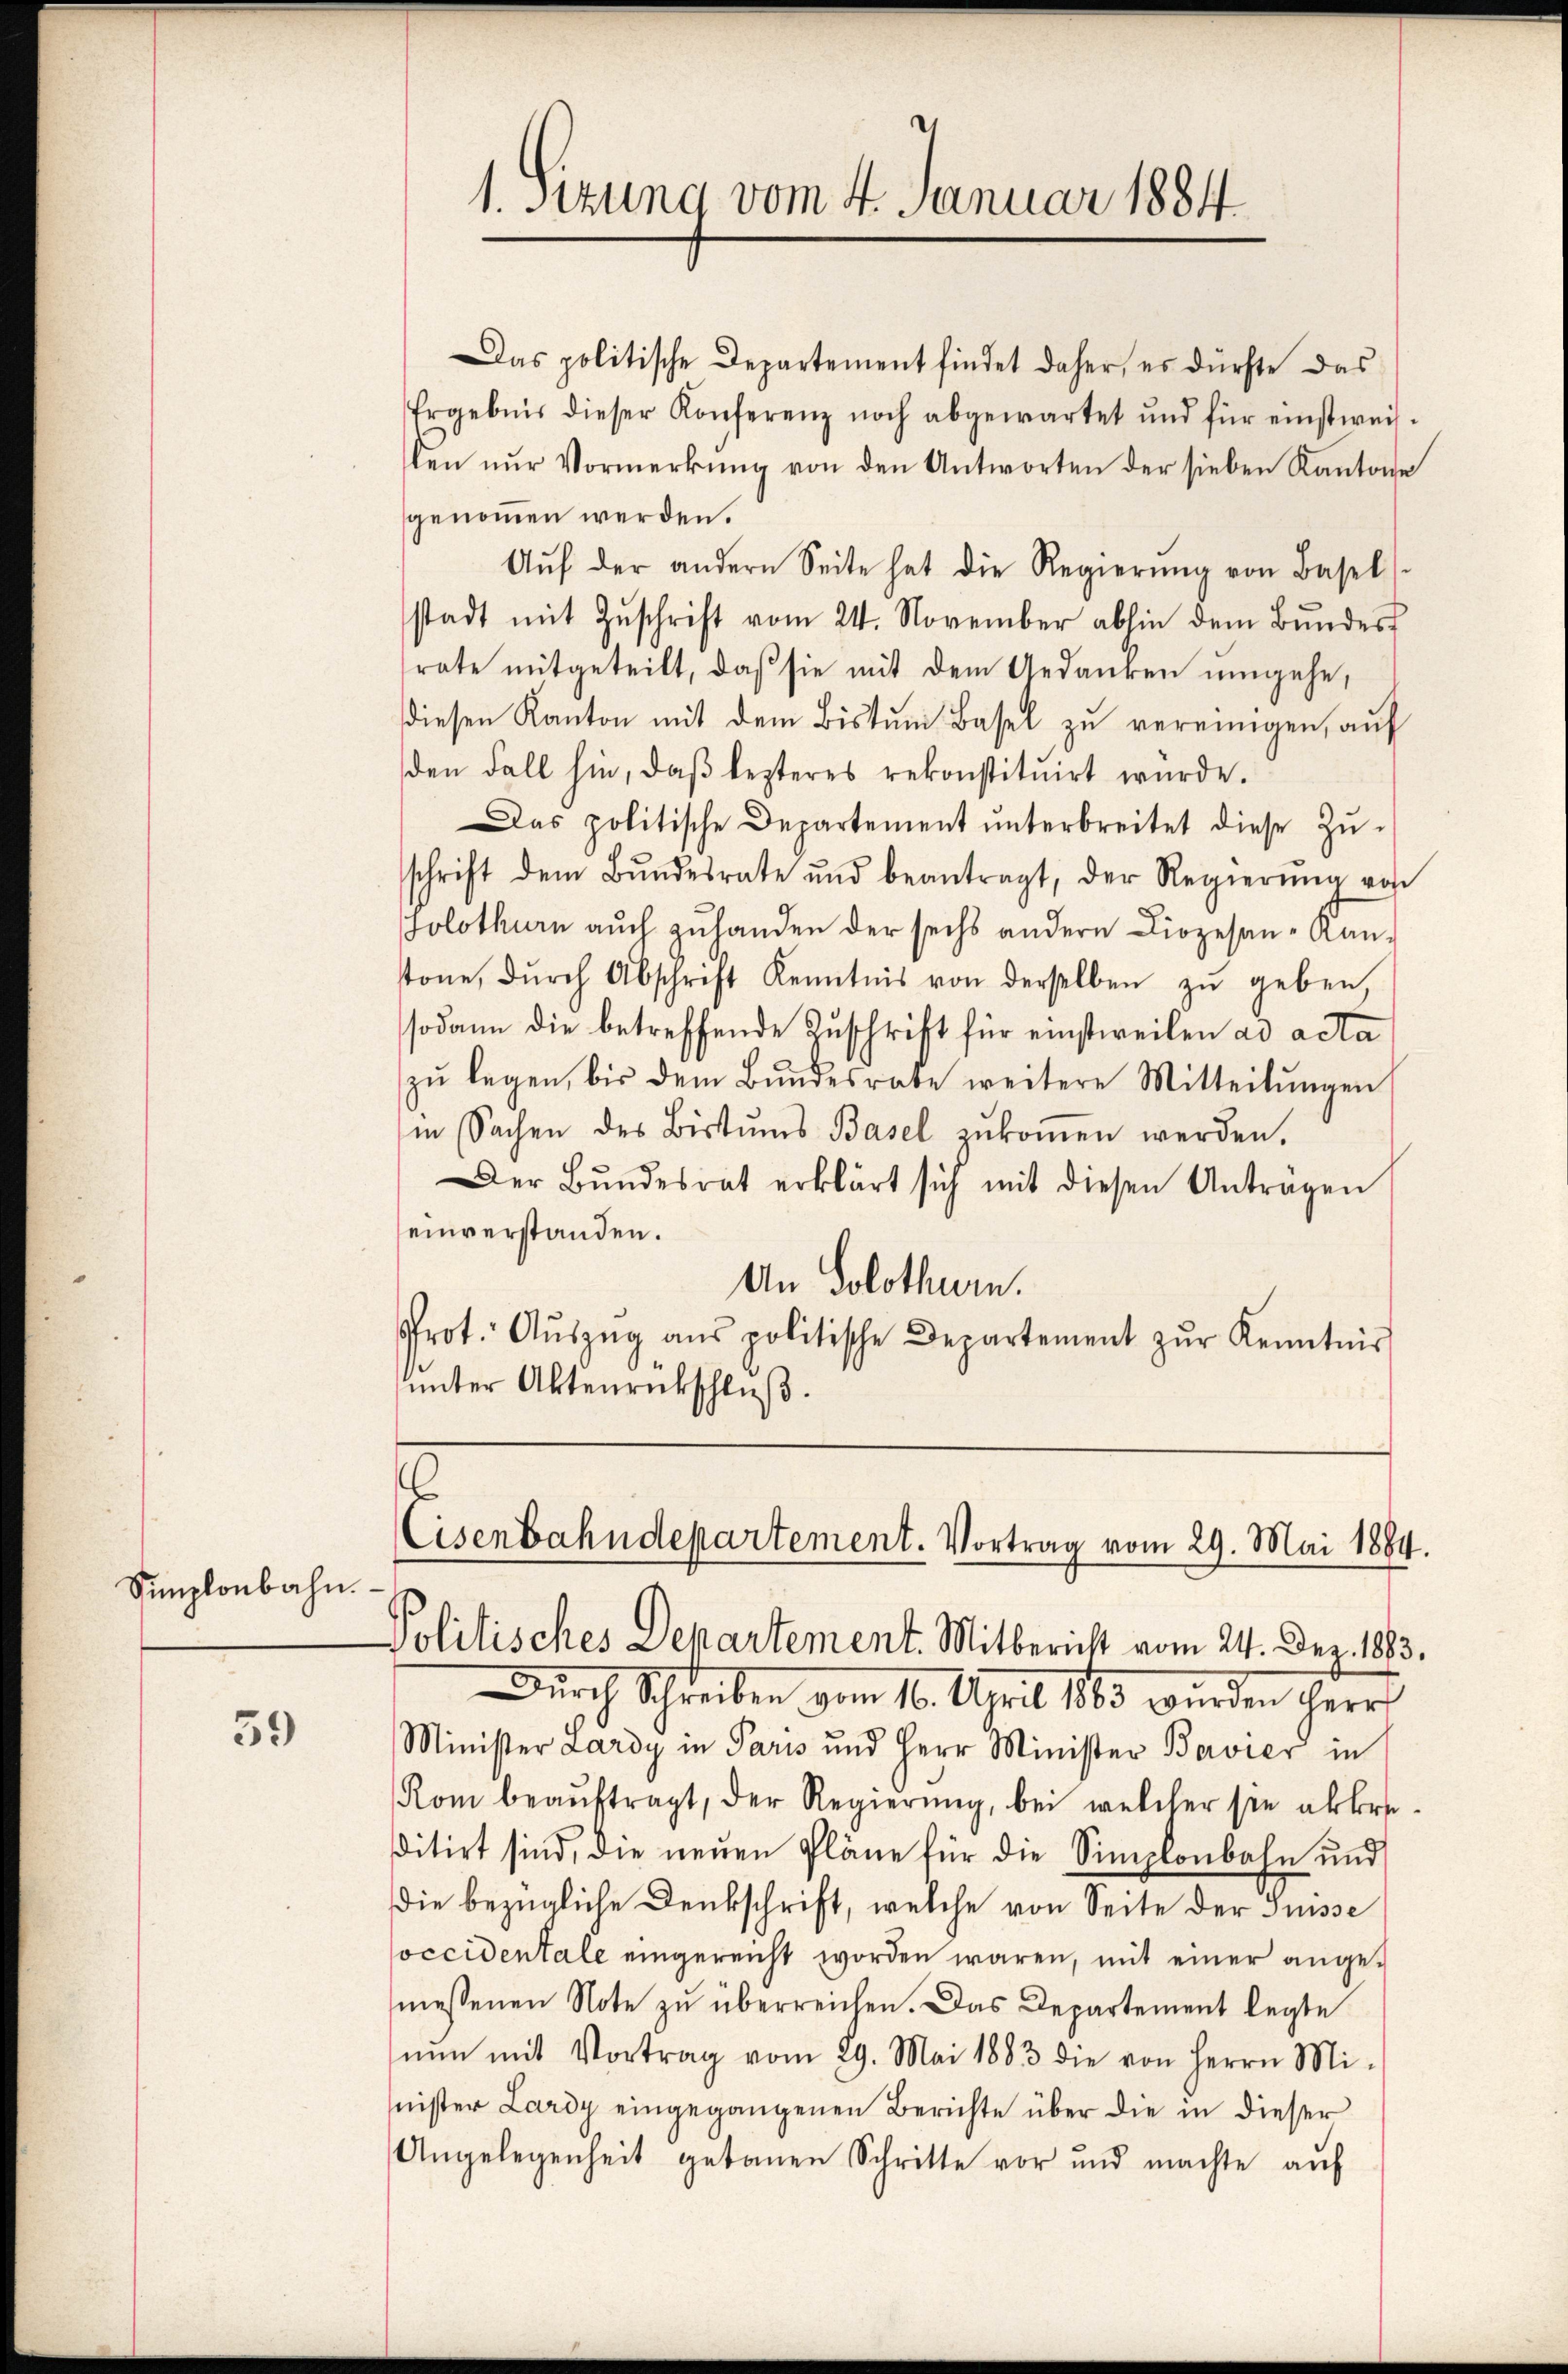
Simplonbahn.

59

1. Sitzung vom 4. Januar 1884

Das politische Departement findet daher, es dürfte das
Ergebnis dieser Konferenz noch abgewartet und für einstweis-
len nur Vormerkung von den Antworten der sieben Kantone
genommen werden.
Aŭf der andern Seite hat die Regierŭng von Basel
stadt mit Zŭschrift vom 24. November abhin dem Bŭndes
rate mitgeteilt, daß sie mit dem Gedanken umgehe,
diesen Kanton mit dem Bistŭm Basel zŭ vereinigen, aŭf
den Fall hin, daβ lezteres rekonstituirt wurde.
Das politische Departement ŭnterbreitet diese Zŭ-
schrift dem Bŭndesrate und beantragt, der Regierŭng von
Solothurn auch zuhanden der sechs andern Diozesan-Kan-
stone, dŭrch Abschrift Kenntnis von derselben zŭ geben,
sodann die betreffende Zuschrift für einstweilen ad acta
zŭ legen, bis dem Bŭndesrate weitere Mitteilŭngen
in Sachen des Bistums Basel zŭkoṁen werden.
Der Bŭndesrat erklärt sich mit diesen Antragen
einverstanden.
An Solothurn.
rot. Aŭszŭg ans politische Departement zŭr Kenntnis
unter Aktenrückschluß.

Eisenbahndepartement. Vortrag vom 29. Mai 1884.
Politisches Departement. Mitbericht vom 24. Dez. 1883.

Dŭrch Schreiben vom 16. April 1883 wurden Herr
Minister Lardy in Paris und Herr Minister Bavier in
Kom beaŭftragt, der Regierŭng, bei welcher sie akkor
sitirt sind, die neŭen Pläne für die Simplonbahn und
die bezügliche Denkschrift, welche von Seite der Suisse
soccidentale eingereicht worden wären, mit einer angemessenen Note zŭ überreichen. Das Departement legte
nun mit Vortrag vom 29. Mai 1883 die von Herrn Mi-
nister Lardy eingegangenen Berichte über die in dieser
Angelegenheit getanen Schritte vor und machte aŭf